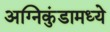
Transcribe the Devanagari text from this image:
अग्निकुंडामध्ये